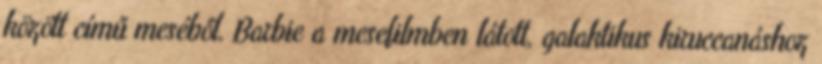
között című meséből. Barbie a mesefilmben látott, galaktikus kiruccanáshoz